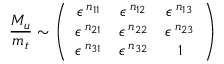
\frac { { \cal M } _ { u } } { m _ { t } } \sim \left( \begin{array} { c c c } { { \epsilon ^ { \: n _ { 1 1 } } } } & { { \epsilon ^ { \: n _ { 1 2 } } } } & { { \epsilon ^ { \: n _ { 1 3 } } } } \\ { { \epsilon ^ { \: n _ { 2 1 } } } } & { { \epsilon ^ { \: n _ { 2 2 } } } } & { { \epsilon ^ { \: n _ { 2 3 } } } } \\ { { \epsilon ^ { \: n _ { 3 1 } } } } & { { \epsilon ^ { \: n _ { 3 2 } } } } & { { 1 } } \end{array} \right)